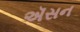
ઍસન